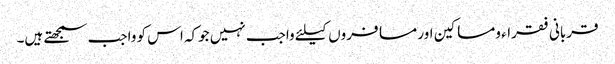
قربانی فقراء ومساکین اور مسافروں کیلئے واجب نہیں جوکہ اس کو واجب سمجھتے ہیں۔